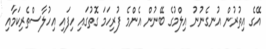
އޭގެ އިތުރުން އުނގެނުނު އިލްމުގެ ބޭނުން އެންމެ ފުރިހަމަ ގޮތުގައި ހިފައި އިހުލާސްތެރިކަމާއި